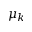
\mu _ { k }